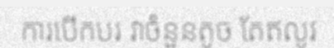
ការបើកបរ វាចំនួនតូច តែឥលូវ